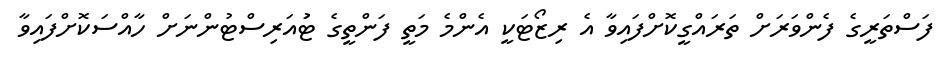
ފަސްތަރީގެ ފެންވަރަށް ތަރައްގީކޮށްފައިވާ އެ ރިޒޯޓަކީ އެންމެ މަތީ ފަންތީގެ ޓުައަރިސްޓުންނަށް ހާއްސަކޮށްފައިވާ